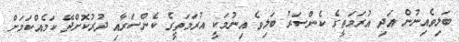
ބަލިވެއިނުން އަދި އުރަމަތީގެ ކެންސަރު ބަލިވެ އިނުމަކީ އުރަމަތީގެ ކެންސަރާއި ދުރުކޮށްދޭ ކަމެއްކަމަށް